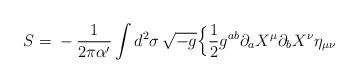
LaTeX: \begin{align*}S={}-{1\over 2\pi\alpha'} \int d^{2}\sigma\, \sqrt{-g} \Bigl\{{1\over 2} g^{ab}\partial_{a} X^{\mu} \partial_{b} X^{\nu} \eta_{\mu\nu}\end{align*}